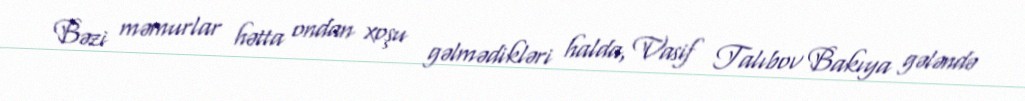
Bəzi məmurlar hətta ondan xoşu gəlmədikləri halda, Vasif Talıbov Bakıya gələndə